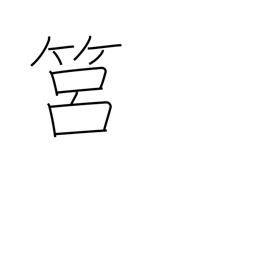
Meaning: round basket